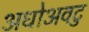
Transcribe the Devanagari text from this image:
अधोअवटु